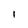
Character: i